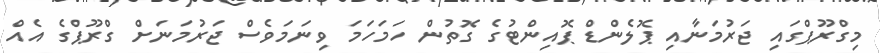
މިގްރޫޕްގައި ޖަރުމަނާއި ޕޮލެންޑް ޕޮއިންޓުގެ ގޮތުން ހަމަހަމަ ވިނަމަވެސް ޖަރުމަނަށް ގްރޫޕްގެ އެއް